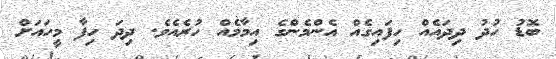
ބޮޑު ހުދު ދިދައެއް ހިފައިގެއް އެންމެންގެ އިމާމެއް ހުރެއެވެ. ދިދަ ހިފާ މީހައަށް